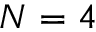
N = 4